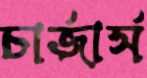
চার্জার্স